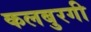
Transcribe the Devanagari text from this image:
कलबुरगी